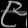
Digit: ၉